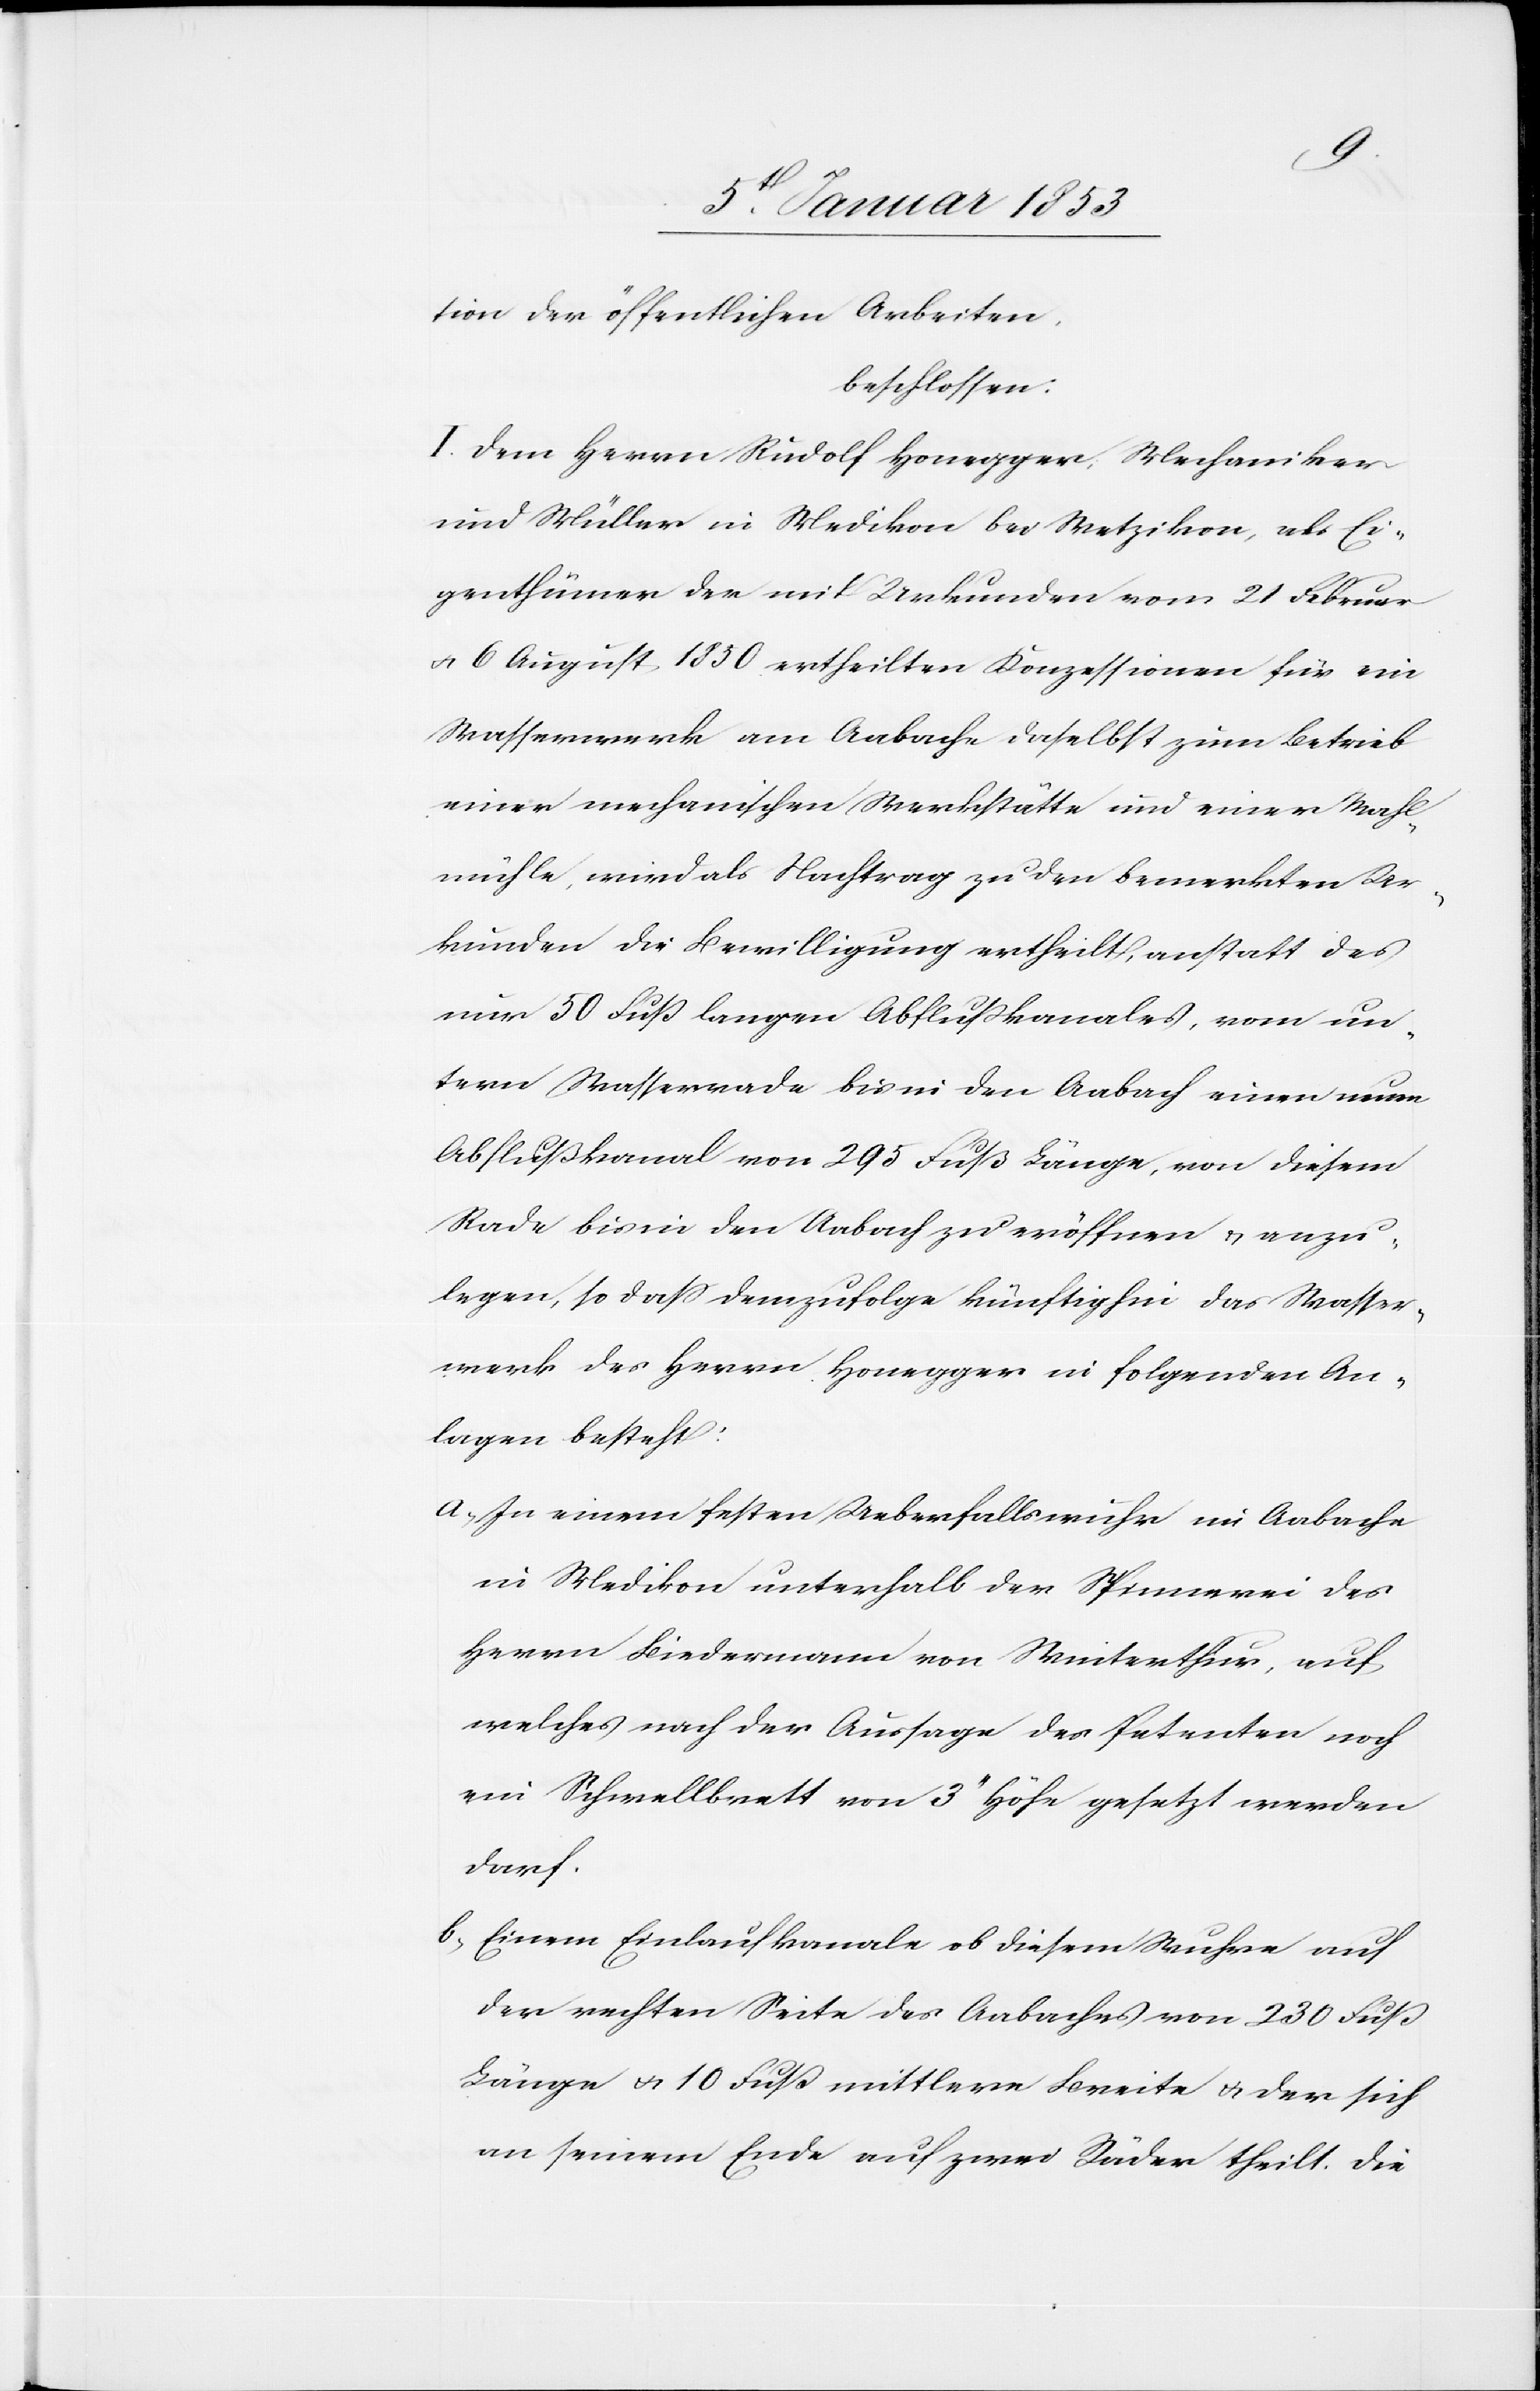
tion der öffentlichen Arbeiten.
beschlossen:
I. Dem Herrn Rudolf Honegger Mechaniker
und Müller in Medikon bei Wetzikon, als Ei¬
genthümer der mit Urkunden vom 21. Februar
u. 6. August 1830. ertheilten Konzessionen für ein
Wasserwerk am Aabache daselbst zum Betrieb
einer mechanischen Werkstätte und einer Mahl¬
mühle, wird als Nachtrag zu den bemerkten Ur¬
kunden die Bewilligung ertheilt, anstatt des
nun 50 Fuß langen Ablaufkanales, vom un¬
tern Wasserrade bis in den Aabach einen neuen
Abflußkanal von 295 Fuß Länge, von diesem
Rade bis in den Aabach zu eröffnen u. anzu¬
legen, so daß demzufolge künftighin das Wasser¬
werk des Herrn Honegger in folgenden An¬
lagen besteht:
a. In einem festen Ueberfallswuhr im Aabache
in Medikon unterhalb der Spinnerei des
Herrn Biedermann von Winterthur, auf
welches nach der Aussage des Petenten noch
ein Schwellbrett von 3’’ Höhe gesetzt werden
darf.
b. Einem Einlaufkanale ob diesem Wuhre auf
der rechten Seite des Aabachs von 230. Fuß
Länge u. 10 Fuß mittlere Breite u. der sich
an seinem Ende auf zwei Räder theilt, die